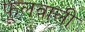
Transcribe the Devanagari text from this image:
फूलवाली